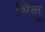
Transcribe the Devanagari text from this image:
भिनू